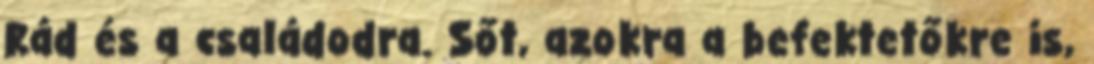
Rád és a családodra. Sőt, azokra a befektetőkre is,